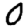
Digit: 0